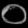
Digit: ၀